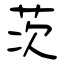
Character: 茨